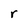
Character: r